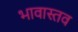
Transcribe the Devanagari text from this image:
भावास्तव